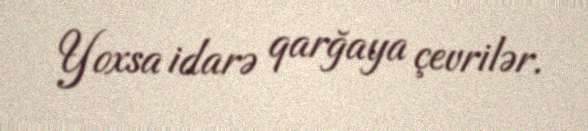
Yoxsa idarə qarğaya çevrilər.